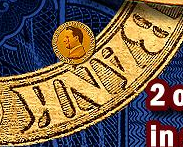
BANK